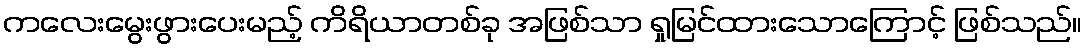
ကလေးမွေးဖွားပေးမည့် ကိရိယာတစ်ခု အဖြစ်သာ ရှုမြင်ထားသောကြောင့် ဖြစ်သည်။